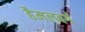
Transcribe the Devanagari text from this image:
हैमलबर्ग